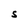
Character: S